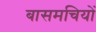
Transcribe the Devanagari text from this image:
बासमचियों